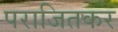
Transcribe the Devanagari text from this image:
पराजितकर